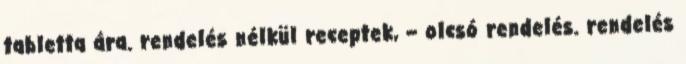
tabletta ára. rendelés nélkül receptek, – olcsó rendelés. rendelés